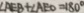
\angle A E B + \angle A E O = 1 8 0 ^ { \circ }